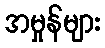
အမှုန်များ